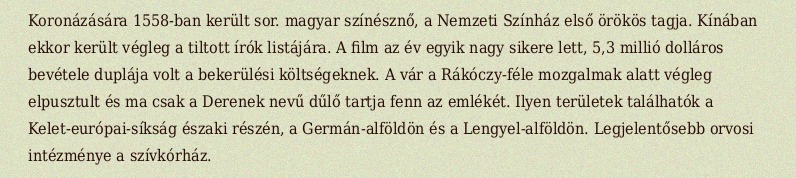
Koronázására 1558-ban került sor. magyar színésznő, a Nemzeti Színház első örökös tagja. Kínában ekkor került végleg a tiltott írók listájára. A film az év egyik nagy sikere lett, 5,3 millió dolláros bevétele duplája volt a bekerülési költségeknek. A vár a Rákóczy-féle mozgalmak alatt végleg elpusztult és ma csak a Derenek nevű dűlő tartja fenn az emlékét. Ilyen területek találhatók a Kelet-európai-síkság északi részén, a Germán-alföldön és a Lengyel-alföldön. Legjelentősebb orvosi intézménye a szívkórház.